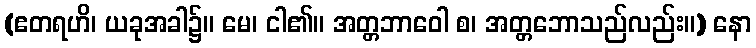
(ဧတရဟိ၊ ယခုအခါ၌။ မေ၊ ငါ၏။ အတ္တဘာဝေါ စ၊ အတ္တဘောသည်လည်း။) နော